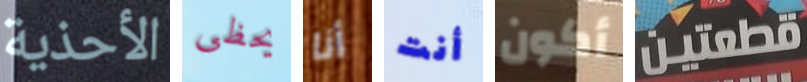
الأحذية يحظى أنا أنت أكون قطعتين